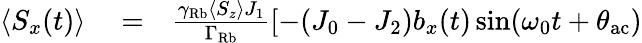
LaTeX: \begin{array}{rlr}{\langle S_{x}(t)\rangle}&{{}=}&{\frac{\gamma_{\mathrm{Rb}}\langle S_{z}\rangle J_{1}}{\Gamma_{\mathrm{Rb}}}\left[-(J_{0}-J_{2})b_{x}(t)\sin(\omega_{0}t+\theta_{\mathrm{ac}})\right.}\end{array}